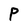
Character: P